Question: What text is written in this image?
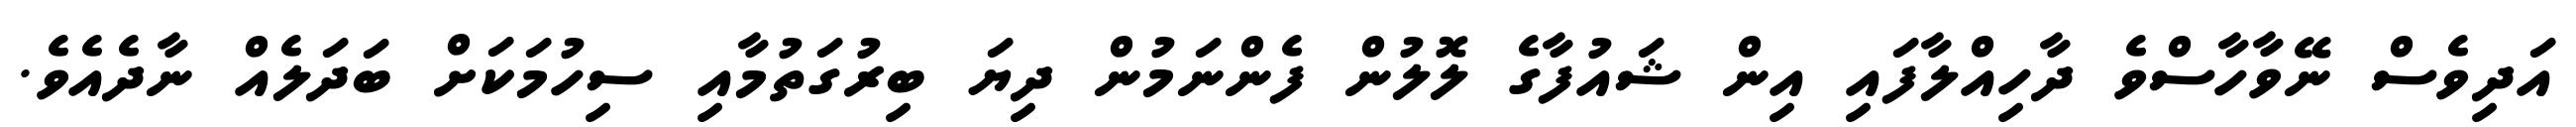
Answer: އަދިވެސް ނޭވާހާސްވެ ދާހިއްލާފައި އިން ޝައުފާގެ ލޮލުން ފެންނަމުން ދިޔަ ބިރުގަތުމާއި ސިހުމަކަށް ބަދަލެއް ނާދެއެވެ.